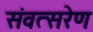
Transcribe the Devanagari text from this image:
संवत्सरेण